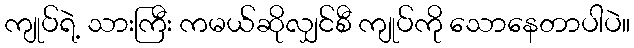
ကျုပ်ရဲ့ သားကြီး ကမယ်ဆိုလျှင်စီ ကျုပ်ကို သောနေတာပါပဲ။